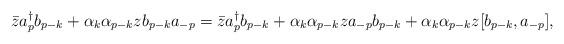
LaTeX: \begin{align*}\bar z a_p^\dagger b_{p-k} + \alpha_k \alpha_{p-k} z b_{p-k} a_{-p} &= \bar z a_p^\dagger b_{p-k} + \alpha_k \alpha_{p-k} z a_{-p} b_{p-k} + \alpha_k \alpha_{p-k} z [ b_{p-k}, a_{-p} ] ,\end{align*}